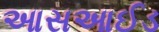
આસઆઈડ